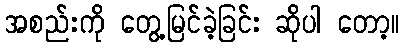
အစည်းကို တွေ့မြင်ခဲ့ခြင်း ဆိုပါ တော့။